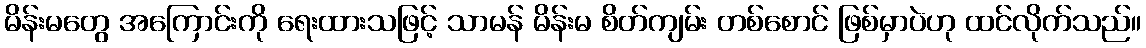
မိန်းမတွေ အကြောင်းကို ရေးထားသဖြင့် သာမန် မိန်းမ စိတ်ကျမ်း တစ်စောင် ဖြစ်မှာပဲဟု ထင်လိုက်သည်။